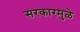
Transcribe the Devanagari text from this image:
सरकारमुळे